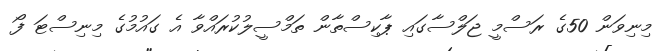
މިނިވަން 50ގެ ރަސްމީ ޖަލްސާގައި ޕާކިސްތާން ތަމްސީލުކުރައްވާ އެ ގައުމުގެ މިނިސްޓަ ފޯ